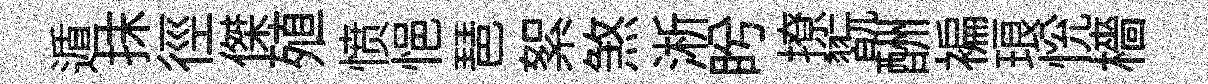
遁抹徑傑殖愤悒琶絮煞淅盻撩翫酬褊琅恱檣